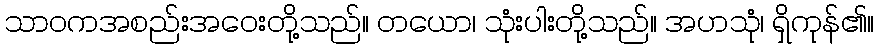
သာဝကအစည်းအဝေးတို့သည်။ တယော၊ သုံးပါးတို့သည်။ အဟသုံ၊ ရှိကုန်၏။